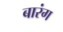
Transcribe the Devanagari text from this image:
बारंग